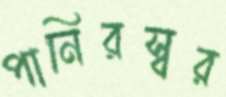
পানিরস্বর